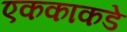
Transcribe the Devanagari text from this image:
एककाकडे